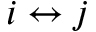
i \leftrightarrow j